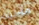
ماجيك